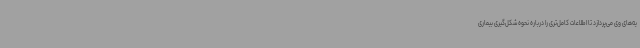
یه‌های وی می‌پردازد تا اطلاعات کامل‌تری را درباره نحوه شکل‌گیری بیماری